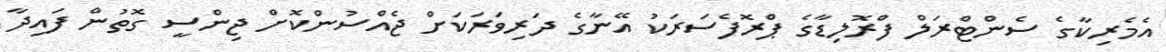
އެމެރިކާގެ ސެންޓްރަލް ފްރޮލިޑާގެ ޕްރޮފެސަރަކު އޭނާގެ ދަރިވަރަކަށް ޖެއްސުންކޮށް ޖިންސީ ގޮތުން ފައިދާ